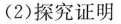
(2)探究证明